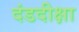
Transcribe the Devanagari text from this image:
दंडदीक्षा